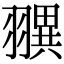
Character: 𦒖